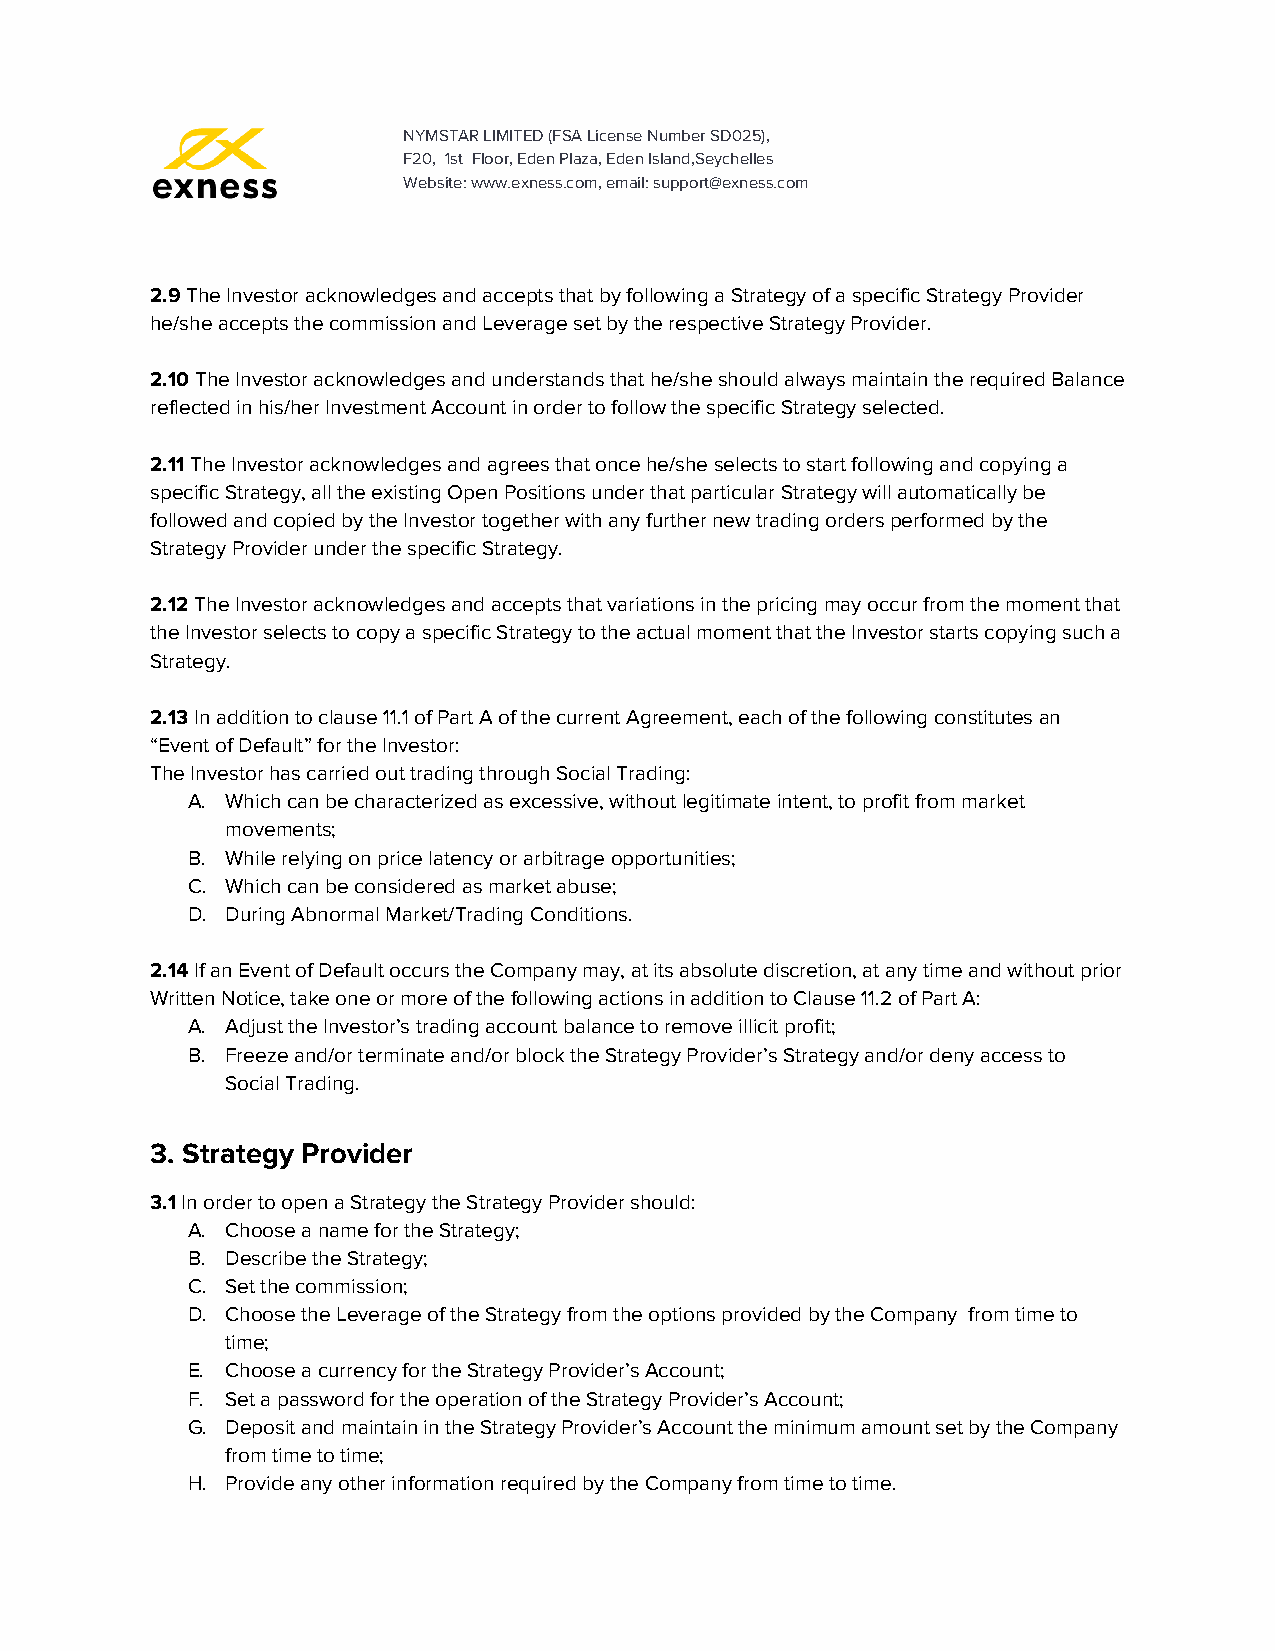
NYMSTAR LIMITED (FSA License Number SD025),
 F20, 1st Floor, Eden Plaza, Eden Island,Seychelles
 Website: www.exness.com, email: support@exness.com
 2.9 The Investor acknowledges and accepts that by following a Strategy of a specific Strategy Provider
 ​
 he/she accepts the commission and Leverage set by the respective Strategy Provider.
 2.10 The Investor acknowledges and understands that he/she should always maintain the required Balance
 ​
 reflected in his/her Investment Account in order to follow the specific Strategy selected.
 2.11 The Investor acknowledges and agrees that once he/she selects to start following and copying a
 ​
 specific Strategy, all the existing Open Positions under that particular Strategy will automatically be
 followed and copied by the Investor together with any further new trading orders performed by the
 Strategy Provider under the specific Strategy.
 2.12 The Investor acknowledges and accepts that variations in the pricing may occur from the moment that
 ​
 the Investor selects to copy a specific Strategy to the actual moment that the Investor starts copying such a
 Strategy.
 2.13 In addition to clause 11.1 of Part A of the current Agreement, each of the following constitutes an
 ​
 “Event of Default” for the Investor:
 The Investor has carried out trading through Social Trading:
 A. Which can be characterized as excessive, without legitimate intent, to profit from market
 movements;
 B. While relying on price latency or arbitrage opportunities;
 C. Which can be considered as market abuse;
 D. During Abnormal Market/Trading Conditions.
 2.14 If an Event of Default occurs the Company may, at its absolute discretion, at any time and without prior
 ​
 Written Notice, take one or more of the following actions in addition to Clause 11.2 of Part A:
 A. Adjust the Investor’s trading account balance to remove illicit profit;
 B. Freeze and/or terminate and/or block the Strategy Provider’s Strategy and/or deny access to
 Social Trading.
 3. Strategy Provider
 3.1 In order to open a Strategy the Strategy Provider should:
 ​
 A. Choose a name for the Strategy;
 B. Describe the Strategy;
 C. Set the commission;
 D. Choose the Leverage of the Strategy from the options provided by the Company from time to
 time;
 E. Choose a currency for the Strategy Provider’s Account;
 F. Set a password for the operation of the Strategy Provider’s Account;
 G. Deposit and maintain in the Strategy Provider’s Account the minimum amount set by the Company
 from time to time;
 H. Provide any other information required by the Company from time to time.